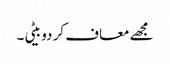
مجھے معاف کر دو بیٹی۔